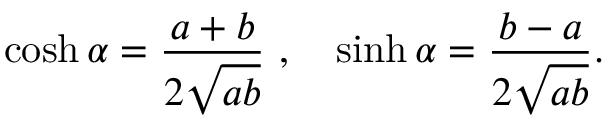
\cosh \alpha = \frac { a + b } { 2 \sqrt { a b } } \ , \quad \sinh \alpha = \frac { b - a } { 2 \sqrt { a b } } .